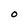
Character: 0